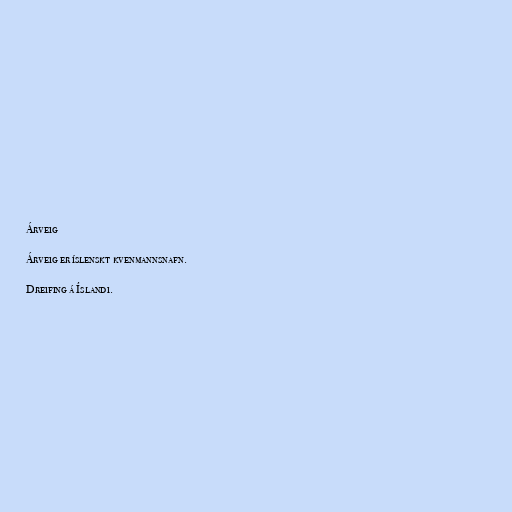
Árveig

Árveig er íslenskt kvenmannsnafn.

Dreifing á Íslandi.